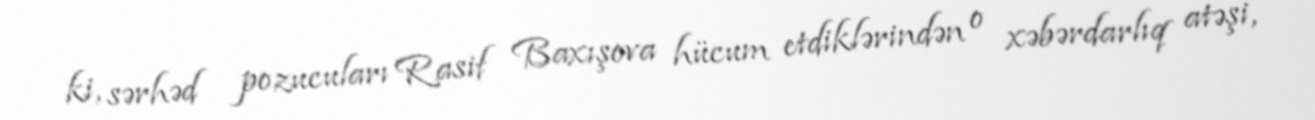
ki, sərhəd pozucuları Rasif Baxışova hücum etdiklərindən o xəbərdarlıq atəşi,